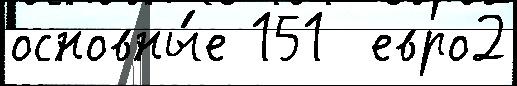
основны́е 151  евро2